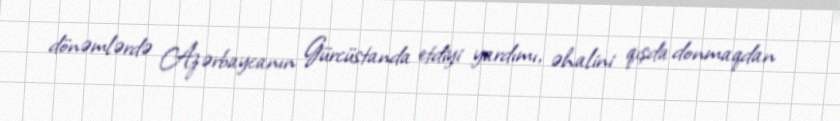
dönəmlərdə Azərbaycanın Gürcüstanda etdiyi yardımı, əhalini qışda donmaqdan